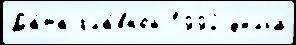
Да́та гла́вной 1992 ф'ильм